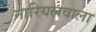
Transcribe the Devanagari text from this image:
नारियलवाला